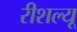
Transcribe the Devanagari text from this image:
रीशल्यू